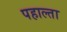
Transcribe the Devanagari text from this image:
पहाल्ता